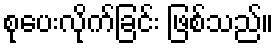
စုပေးလိုက်ခြင်း ဖြစ်သည်။